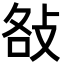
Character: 𢼛